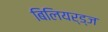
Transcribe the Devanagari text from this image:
बिलियर्ड्‌ज